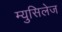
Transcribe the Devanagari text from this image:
म्युसिलेज